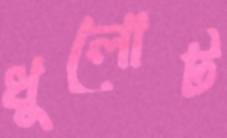
ধুলোট